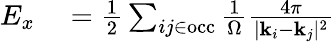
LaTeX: \begin{array}{rl}{E_{x}}&{{}=\frac{1}{2}\sum_{ij\in\mathrm{occ}}\frac{1}{\Omega}\frac{4\pi}{|{\mathbf k}_{i}-{\mathbf k}_{j}|^{2}}}\end{array}